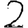
Digit: 2